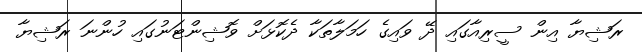
ރަޝިޔާ އިން ސީރިއާގައި ދޭ ވައިގެ ހަމަލާތަކާ ދެކޮޅަށް ވޮޝިންޓަނުގައި ހުންނަ ރަޝިޔާ